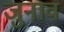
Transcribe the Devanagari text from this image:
जुनाव